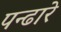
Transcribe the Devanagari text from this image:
पन्ढारे